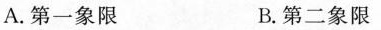
A.第一象限 B.第二象限